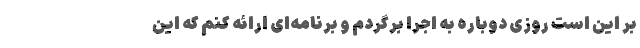
بر این است روزی دوباره به اجرا برگردم و برنامه‌ای ارائه کنم که این